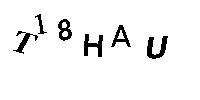
T18HAU